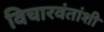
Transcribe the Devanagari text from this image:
विचारवंतांशी